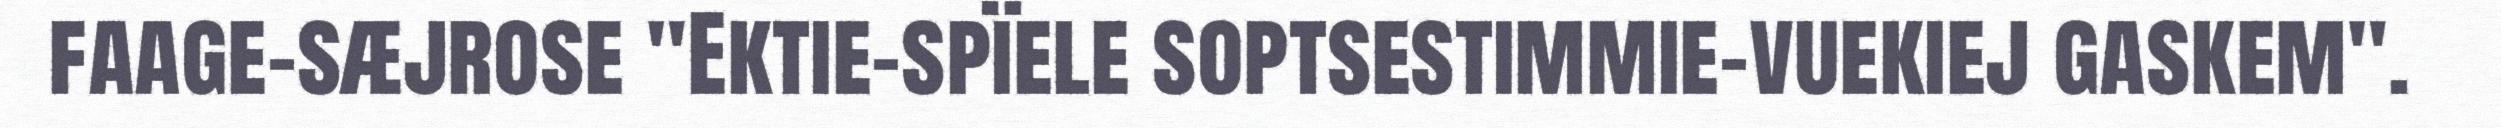
faage-sæjrose "Ektie-spïele soptsestimmie-vuekiej gaskem".